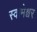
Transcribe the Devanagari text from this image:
स्वामेश्वर